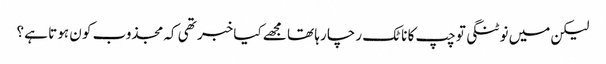
لیکن میں نوٹنگی تو چپ کا ناٹک رچا رہا تھا مجھے کیا خبر تھی کہ مجذوب کو ن ہوتا ہے ؟